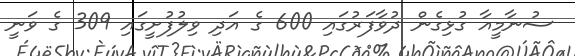
ސުނާމީއާ ގުޅިގެން ދުވާފަރުގައި 600 ގެ އަދި ވިލުފުށީގައި 309 ގެ ވަނީ